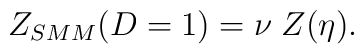
Z_{SMM}(D=1)=\nu\;Z(\eta).